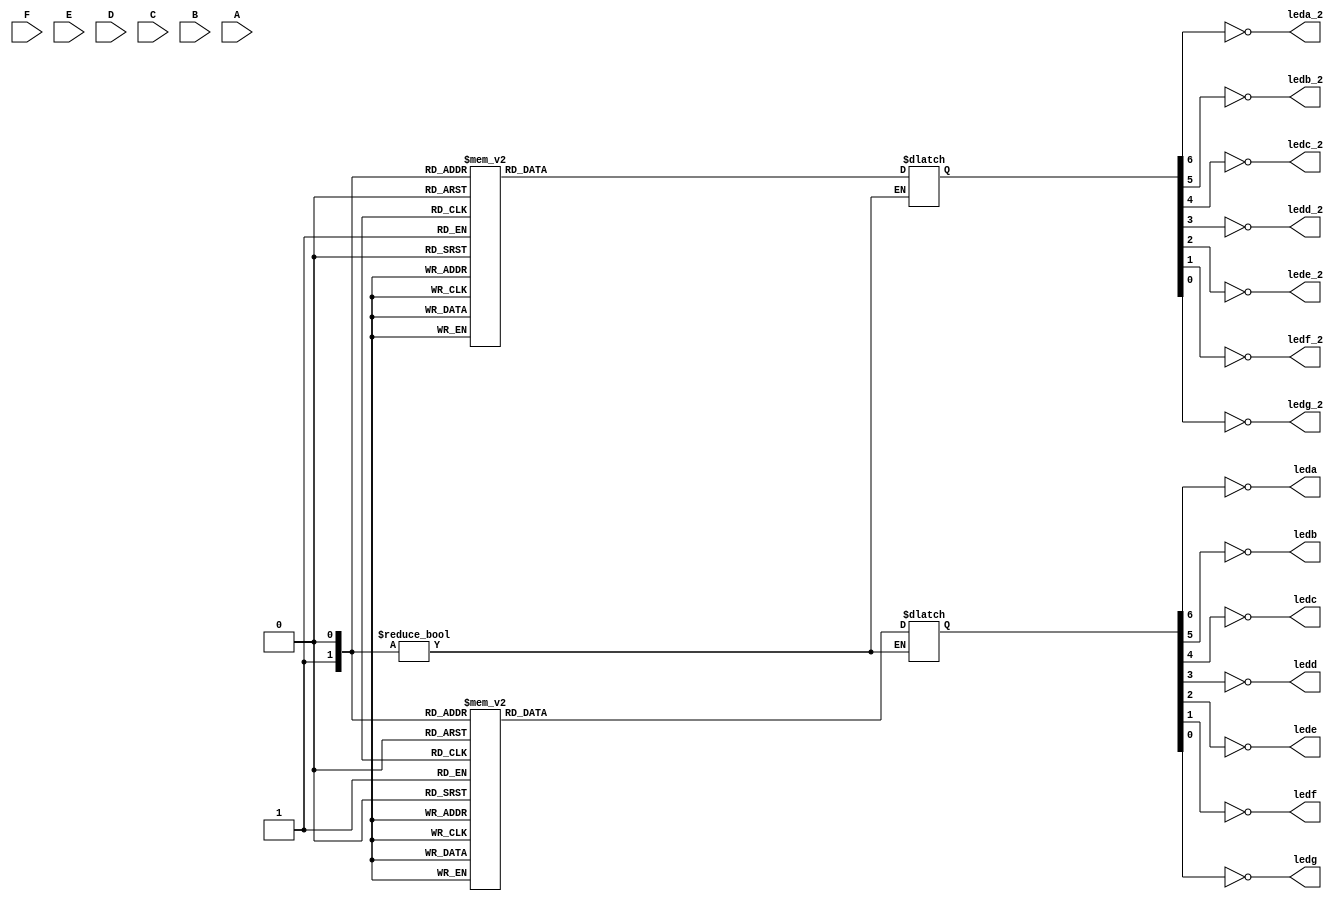
module Decode_7Seg(
     F, E, D, C, B, A,
     leda, ledb, ledc, ledd, lede, ledf, ledg,
     leda_2, ledb_2, ledc_2, ledd_2, lede_2, ledf_2, ledg_2
 );
	input F, E, D, C, B, A;
  	output leda, ledb, ledc, ledd, lede, ledf, ledg;
    output leda_2, ledb_2, ledc_2, ledd_2, lede_2, ledf_2, ledg_2;

  	reg [6:0] seg_data_1;
  	reg [6:0] seg_data_2;
  	reg [5:0] DataIn;

	always @(A or B or C or D or E or F) begin
 	DatIn = { F, E, D, C, B, A };
 	end
    always @ (DaaIn)
    if (DataIn) begin
        case (DataIn)
            6'b000000: seg_data_1 = 7'b1111110; //0
            6'b000001: seg_data_1 = 7'b0110000; //1
            6'b000010: seg_data_1 = 7'b1101101; //2
            6'b000011: seg_data_1 = 7'b1111001; //3
            6'b000100: seg_data_1 = 7'b0110011; //4
            6'b000101: seg_data_1 = 7'b1011011; //5
            6'b000110: seg_data_1 = 7'b1011111; //6
            6'b000111: seg_data_1 = 7'b1110000; //7
            6'b001000: seg_data_1 = 7'b1111111; //8
            6'b001001: seg_data_1 = 7'b1111011; //9

            6'b001010: seg_data_1 = 7'b1111110; //0
            6'b001011: seg_data_1 = 7'b0110000; //1
            6'b001100: seg_data_1 = 7'b1101101; //2
            6'b001101: seg_data_1 = 7'b1111001; //3
            6'b001110: seg_data_1 = 7'b0110011; //4
            6'b001111: seg_data_1 = 7'b1011011; //5
            6'b010000: seg_data_1 = 7'b1011111; //6
            6'b010001: seg_data_1 = 7'b1110000; //7
            6'b010010: seg_data_1 = 7'b1111111; //8
            6'b010011: seg_data_1 = 7'b1111011; //9

            6'b010100: seg_data_1 = 7'b1111110; //0
            6'b010101: seg_data_1 = 7'b0110000; //1
            6'b010110: seg_data_1 = 7'b1101101; //2
            6'b010111: seg_data_1 = 7'b1111001; //3
            6'b011000: seg_data_1 = 7'b0110011; //4
            6'b011001: seg_data_1 = 7'b1011011; //5
            6'b011010: seg_data_1 = 7'b1011111; //6
            6'b011011: seg_data_1 = 7'b1110000; //7
            6'b011100: seg_data_1 = 7'b1111111; //8
            6'b011101: seg_data_1 = 7'b1111011; //9

            6'b011110: seg_data_1 = 7'b1111110; //0
            6'b011111: seg_data_1 = 7'b0110000; //1
            6'b100000: seg_data_1 = 7'b1101101; //2
            6'b100001: seg_data_1 = 7'b1111001; //3
            6'b100010: seg_data_1 = 7'b0110011; //4
            6'b100011: seg_data_1 = 7'b1011011; //5
            6'b100100: seg_data_1 = 7'b1011111; //6
            6'b100101: seg_data_1 = 7'b1110000; //7
            6'b100110: seg_data_1 = 7'b1111111; //8
            6'b100111: seg_data_1 = 7'b1111011; //9

            6'b101000: seg_data_1 = 7'b1111110; //0
            6'b101001: seg_data_1 = 7'b0110000; //1
            6'b101010: seg_data_1 = 7'b1101101; //2
            6'b101011: seg_data_1 = 7'b1111001; //3
            6'b101100: seg_data_1 = 7'b0110011; //4
            6'b101101: seg_data_1 = 7'b1011011; //5
            6'b101110: seg_data_1 = 7'b1011111; //6
            6'b101111: seg_data_1 = 7'b1110000; //7
            6'b110000: seg_data_1 = 7'b1111111; //8
            6'b110001: seg_data_1 = 7'b1111011; //9

            6'b110010: seg_data_1 = 7'b1111110; //0
            6'b110011: seg_data_1 = 7'b0110000; //1
            6'b110100: seg_data_1 = 7'b1101101; //2
            6'b110101: seg_data_1 = 7'b1111001; //3
            6'b110110: seg_data_1 = 7'b0110011; //4
            6'b110111: seg_data_1 = 7'b1011011; //5
            6'b111000: seg_data_1 = 7'b1011111; //6
            6'b111001: seg_data_1 = 7'b1110000; //7
            6'b111010: seg_data_1 = 7'b1111111; //8
            6'b111011: seg_data_1 = 7'b1111011; //9

            6'b111100: seg_data_1 = 7'b1111011; //0
            6'b111101: seg_data_1 = 7'b1111011; //1
            6'b111110: seg_data_1 = 7'b1111011; //2
            6'b111111: seg_data_1 = 7'b1111001; //3
        endcase
        case (DataIn)
            6'b000000: seg_data_2 = 7'b1111110; //0
            6'b000001: seg_data_2 = 7'b1111110; //0
            6'b000010: seg_data_2 = 7'b1111110; //0
            6'b000011: seg_data_2 = 7'b1111110; //0
            6'b000100: seg_data_2 = 7'b1111110; //0
            6'b000101: seg_data_2 = 7'b1111110; //0
            6'b000110: seg_data_2 = 7'b1111110; //0
            6'b000111: seg_data_2 = 7'b1111110; //0
            6'b001000: seg_data_2 = 7'b1111110; //0
            6'b001001: seg_data_2 = 7'b1111110; //0

            6'b001010: seg_data_2 = 7'b0110000; //1
            6'b001011: seg_data_2 = 7'b0110000; //1
            6'b001100: seg_data_2 = 7'b0110000; //1
            6'b001101: seg_data_2 = 7'b0110000; //1
            6'b001110: seg_data_2 = 7'b0110000; //1
            6'b001111: seg_data_2 = 7'b0110000; //1
            6'b010000: seg_data_2 = 7'b0110000; //1
            6'b010001: seg_data_2 = 7'b0110000; //1
            6'b010010: seg_data_2 = 7'b0110000; //1
            6'b010011: seg_data_2 = 7'b0110000; //1

            6'b010100: seg_data_2 = 7'b1101101; //2
            6'b010101: seg_data_2 = 7'b1101101; //2
            6'b010110: seg_data_2 = 7'b1101101; //2
            6'b010111: seg_data_2 = 7'b1101101; //2
            6'b011000: seg_data_2 = 7'b1101101; //2
            6'b011001: seg_data_2 = 7'b1101101; //2
            6'b011010: seg_data_2 = 7'b1101101; //2
            6'b011011: seg_data_2 = 7'b1101101; //2
            6'b011100: seg_data_2 = 7'b1101101; //2
            6'b011101: seg_data_2 = 7'b1101101; //2

            6'b011110: seg_data_2 = 7'b1111001; //3
            6'b011111: seg_data_2 = 7'b1111001; //3
            6'b100000: seg_data_2 = 7'b1111001; //3
            6'b100001: seg_data_2 = 7'b1111001; //3
            6'b100010: seg_data_2 = 7'b1111001; //3
            6'b100011: seg_data_2 = 7'b1111001; //3
            6'b100100: seg_data_2 = 7'b1111001; //3
            6'b100101: seg_data_2 = 7'b1111001; //3
            6'b100110: seg_data_2 = 7'b1111001; //3
            6'b100111: seg_data_2 = 7'b1111001; //3

            6'b101000: seg_data_2 = 7'b0110011; //4
            6'b101001: seg_data_2 = 7'b0110011; //4
            6'b101010: seg_data_2 = 7'b0110011; //4
            6'b101011: seg_data_2 = 7'b0110011; //4
            6'b101100: seg_data_2 = 7'b0110011; //4
            6'b101101: seg_data_2 = 7'b0110011; //4
            6'b101110: seg_data_2 = 7'b0110011; //4
            6'b101111: seg_data_2 = 7'b0110011; //4
            6'b110000: seg_data_2 = 7'b0110011; //4
            6'b110001: seg_data_2 = 7'b0110011; //4

            6'b110010: seg_data_2 = 7'b1011011; //5
            6'b110011: seg_data_2 = 7'b1011011; //5
            6'b110100: seg_data_2 = 7'b1011011; //5
            6'b110101: seg_data_2 = 7'b1011011; //5
            6'b110110: seg_data_2 = 7'b1011011; //5
            6'b110111: seg_data_2 = 7'b1011011; //5
            6'b111000: seg_data_2 = 7'b1011011; //5
            6'b111001: seg_data_2 = 7'b1011011; //5
            6'b111010: seg_data_2 = 7'b1011011; //5
            6'b111011: seg_data_2 = 7'b1011011; //5

            6'b111100: seg_data_2 = 7'b1011111; //6
            6'b111101: seg_data_2 = 7'b1011111; //6
            6'b111110: seg_data_2 = 7'b1011111; //6
            6'b111111: seg_data_2 = 7'b1011111; //6
        endcase
    end

     assign leda = ~seg_data_1[6];// if Active Low(Using ~)
     assign ledb = ~seg_data_1[5];
     assign ledc = ~seg_data_1[4];
     assign ledd = ~seg_data_1[3];
     assign lede = ~seg_data_1[2];
     assign ledf = ~seg_data_1[1];
     assign ledg = ~seg_data_1[0];

     assign leda_2 = ~seg_data_2[6];// if Active Low(Usin
     assign ledb_2 = ~seg_data_2[5];
     assign ledc_2 = ~seg_data_2[4];
     assign ledd_2 = ~seg_data_2[3];
     assign lede_2 = ~seg_data_2[2];
     assign ledf_2 = ~seg_data_2[1];
     assign ledg_2 = ~seg_data_2[0];

 endmodule